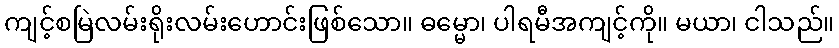
ကျင့်စမြဲလမ်းရိုးလမ်းဟောင်းဖြစ်သော။ ဓမ္မော၊ ပါရမီအကျင့်ကို။ မယာ၊ ငါသည်။